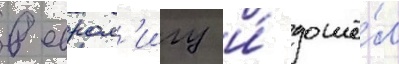
в еврол'игу и́ дошё́л